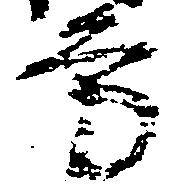
方